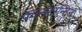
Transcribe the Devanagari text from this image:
कान्स्टान्टिन